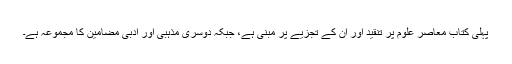
پہلی کتاب معاصر علوم پر تنقید اور ان کے تجزیے پر مبنی ہے، جبکہ دوسری مذہبی اور ادبی مضامین کا مجموعہ ہے۔